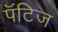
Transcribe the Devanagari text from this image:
पॅटिज